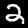
Digit: 2